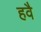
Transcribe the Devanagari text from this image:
हवै